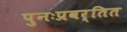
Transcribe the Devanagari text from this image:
पुनःप्रवर्तित